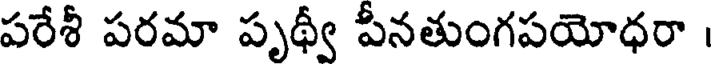
పరేశీ పరమా పృథ్వీ పీనతుంగపయోధరా